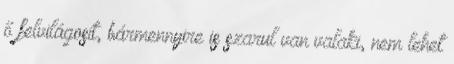
ő felvilágosít, bármennyire is szarul van valaki, nem lehet